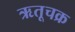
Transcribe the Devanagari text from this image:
ऋतूचक्र